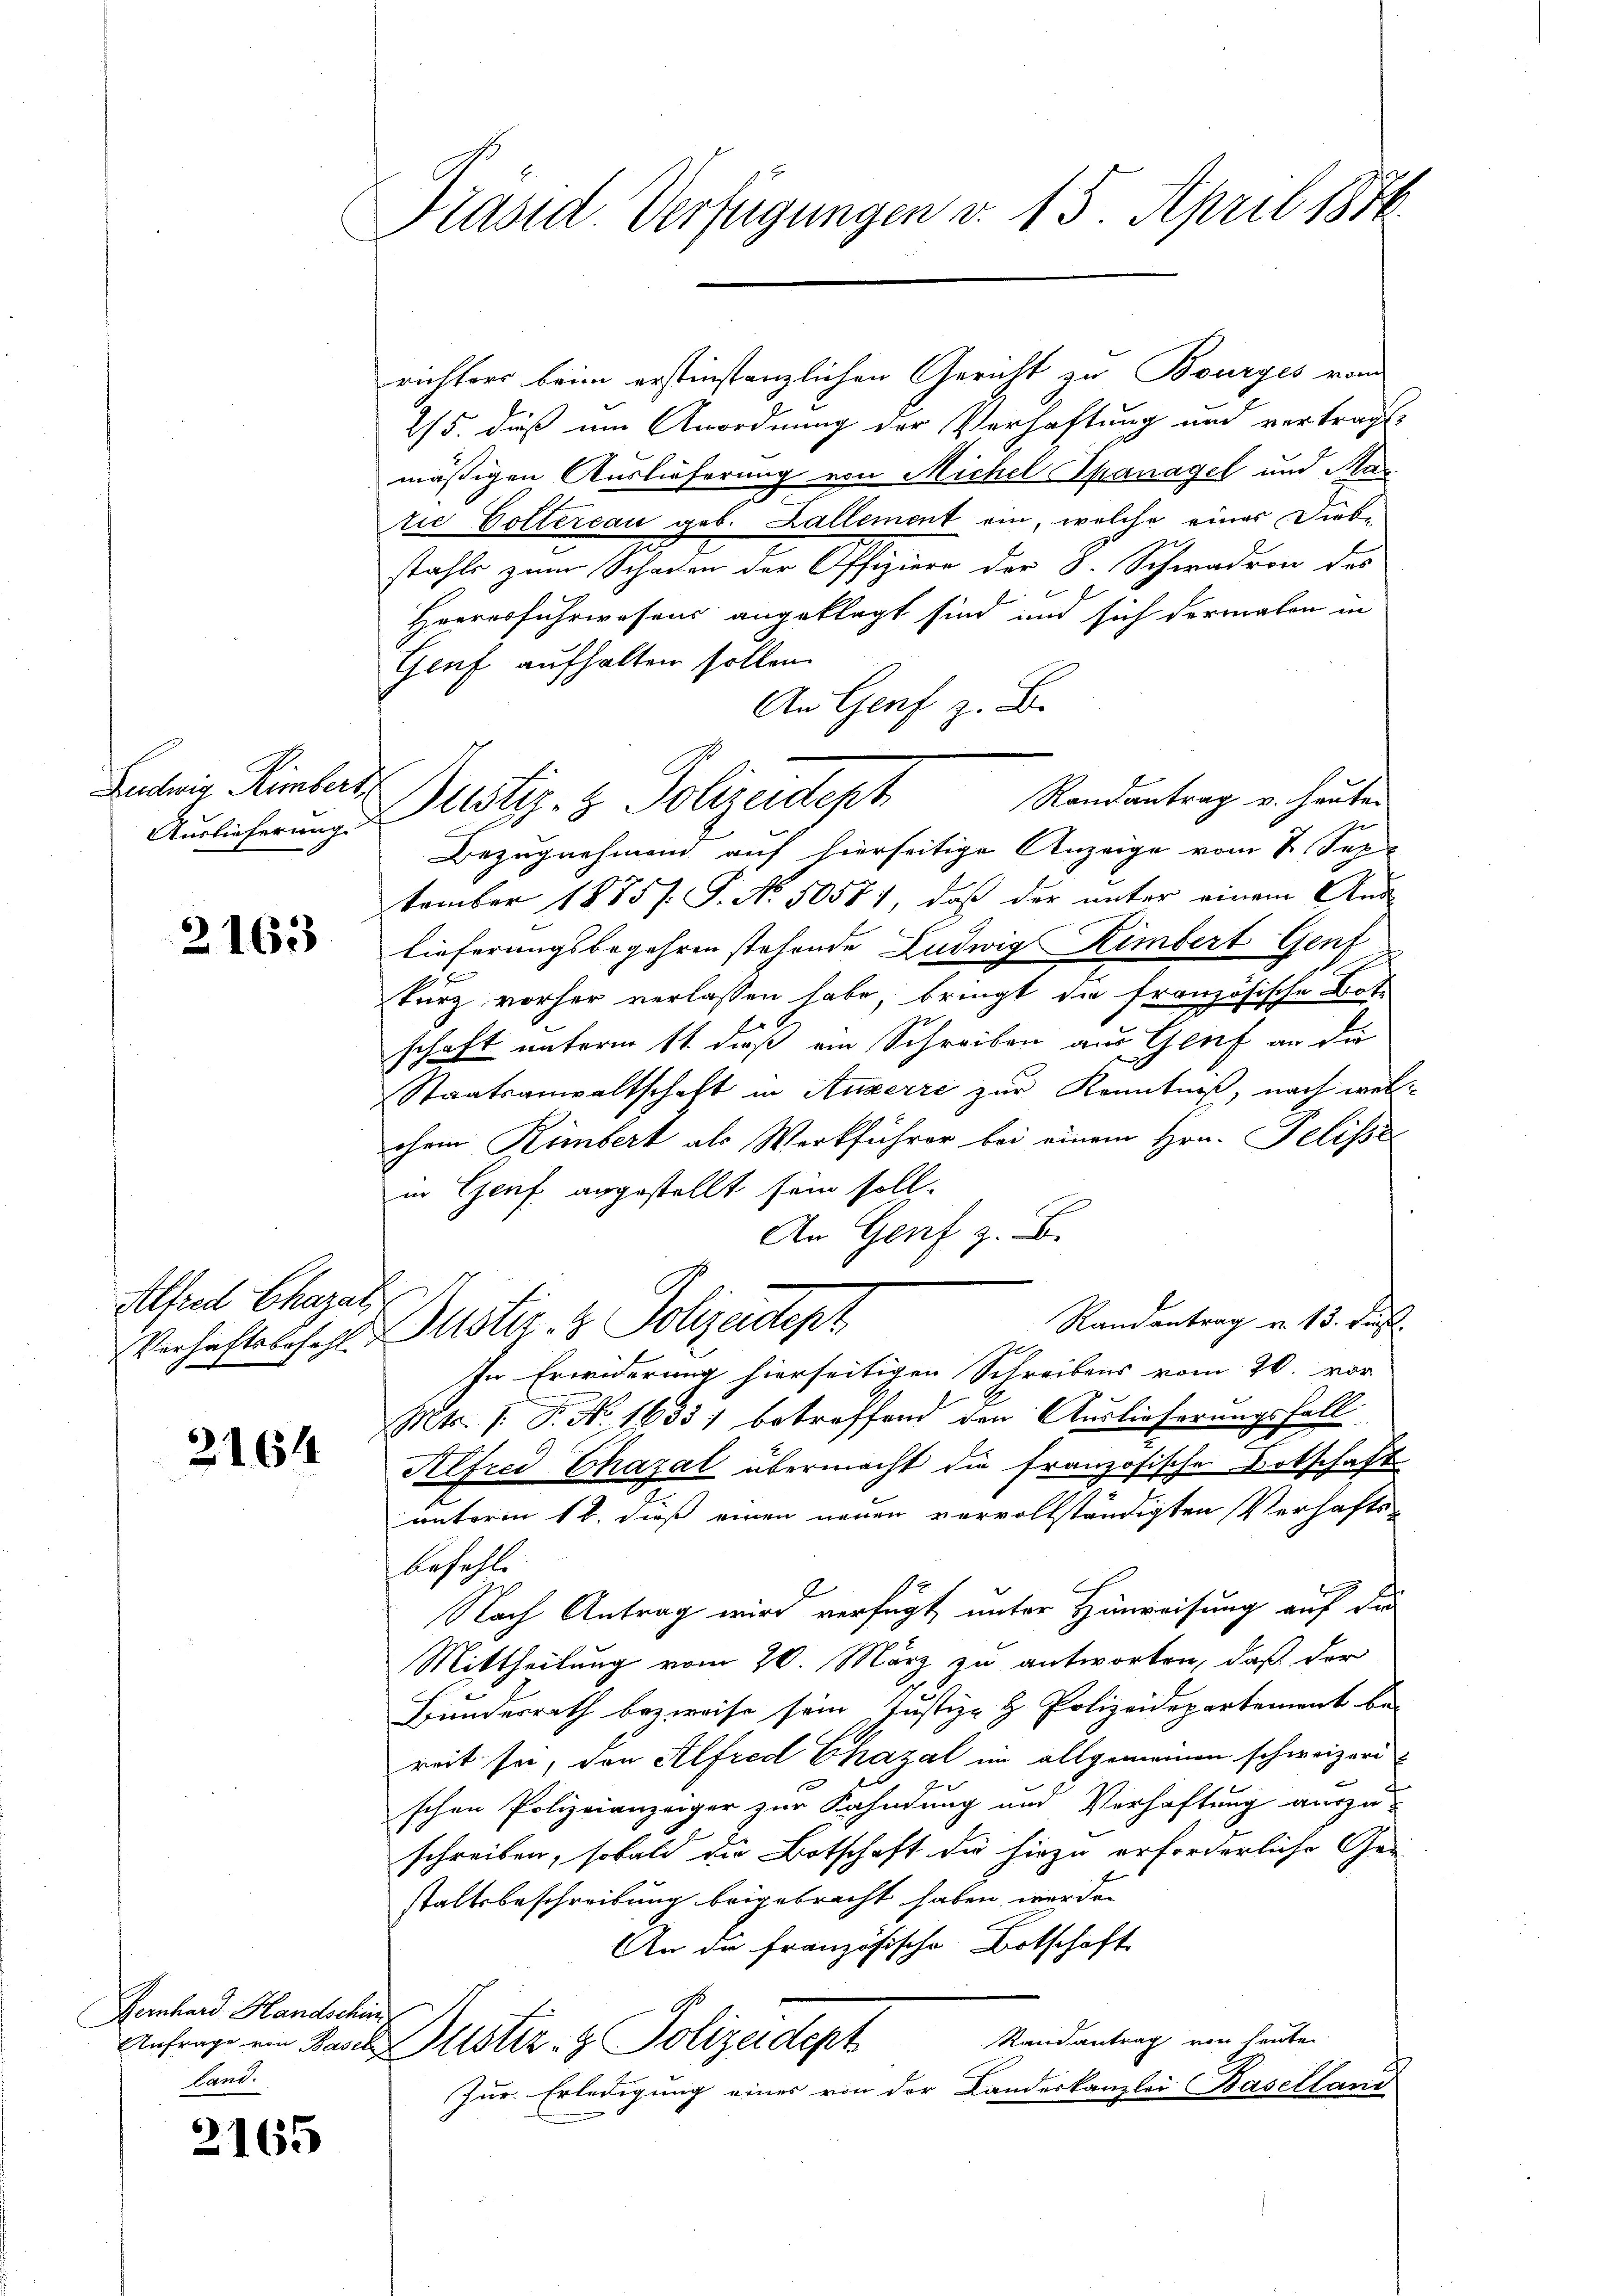
Ludwig Himbert,
Auslieferung.

2163

Alfred Charati

2164

Pernhard Handschen
Land.

2165

Präsid. Verfügungen v. 15. April 1846.

richters beim erstinstanzlichen Gericht zu Bourges von
25. dieß um Anordnung der Verhaftung und vertragt
mäßigen Auslieferung von Michel Spanagel und Mar
rie Dottercau geb. Lallement ein, welche eines Diebstahls zum Scharten der Offiziere der 8. Schwadron des
Herrerfuhrwesens angeklagt sind und sich dermalen in
Genf aufhalten sollen.
An Genf z. B.
Randantrag u. heuten
Bezugnehmen auf hierseitige Anzeige vom 2. Sep
tember 1885/. S. No. 5057), daß der unter einem Aus-
lieferungsbegehren stehende Ludwig Kimbert Gent
kurz vorher verlassen habe, bringt die französische Bote
schaft unterm 11. daß ein Schreiben aus Genf an die
Staatsanwaltschaft in Anzerre zur Kenntniß, nach welohne Rümbert als Werkführer bei einem Hrn. Pelisse
in Genf angestellt sein soll.
An Genf z. B.
Randantrag v. 13. Jun.
Verhalteloses Justiz- & Polizeidept
In Erwiderung hierseitigen Schreibens vom 20. vor
Mts. 1. P. No. 1633) betreffend den Auslieferungsfall
Alfred Chazal übermacht die französische Botschaft
unterm 18. dieß einen neuen vervollständigten Verhafts-
befehl
Nach Antrag wird verfügt, unter Hinweisung auf die
Mittheilung vom 20. März zu antworten, daß der
Bundesrath bezweise sein Justiz- & Polizeidepartement be-
reit sei, den Alfred Chazal im allgemeinen schweizerd
schen Polizeianzeiger zur Kahndung und Verhaftung auszu-
schreiben, sobald die Botschaft die hiezu erforderliche Gestaltsbeschreibung beigebracht haben werden
An die französische Botschaft
Randantrag von heuten
Anfrage ein Basel Gustiz- & Polizeidept
Zur Erledigung eines von der Landeskanzlei Baselland

Justiz- & Polizeidept